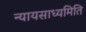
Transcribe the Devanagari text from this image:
न्यायसाध्यमिति